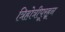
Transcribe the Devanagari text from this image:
त्रिहोत्रीपूरहून